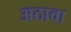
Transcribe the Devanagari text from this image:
अठावा